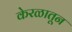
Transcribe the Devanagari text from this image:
केरळातून